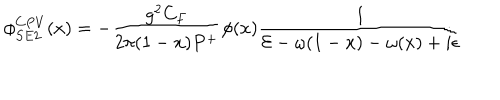
\phi _ { S E 2 } ^ { C P V } ( x ) = - { \frac { g ^ { 2 } C _ { F } } { 2 \pi ( 1 - x ) P ^ { + } } } \phi ( x ) { \frac { 1 } { { \cal E } - \omega ( 1 - x ) - \omega ( x ) + i \epsilon } }